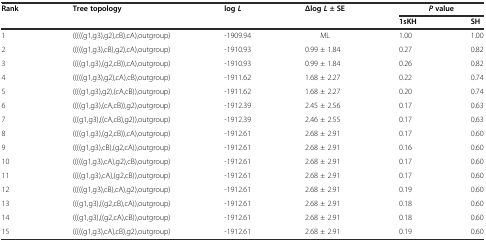
<table><thead><tr><td rowspan="2"><b>Rank</b></td><td rowspan="2"><b>Tree topology</b></td><td rowspan="2"><b>log<i>L</i></b></td><td rowspan="2"><b>Δlog<i>L</i>± SE</b></td><td colspan="2"><b><i>P</i>value</b></td></tr><tr><td><b>1sKH</b></td><td><b>SH</b></td></tr></thead><tbody><tr><td>1</td><td>(((((g1,g3),g2),cB),cA),outgroup)</td><td>-1909.94</td><td>ML</td><td>1.00</td><td>1.00</td></tr><tr><td>2</td><td>(((((g1,g3),cB),g2),cA),outgroup)</td><td>-1910.93</td><td>0.99 ± 1.84</td><td>0.27</td><td>0.82</td></tr><tr><td>3</td><td>((((g1,g3),(g2,cB)),cA),outgroup)</td><td>-1910.93</td><td>0.99 ± 1.84</td><td>0.26</td><td>0.82</td></tr><tr><td>4</td><td>(((((g1,g3),g2),cA),cB),outgroup)</td><td>-1911.62</td><td>1.68 ± 2.27</td><td>0.22</td><td>0.74</td></tr><tr><td>5</td><td>((((g1,g3),g2),(cA,cB)),outgroup)</td><td>-1911.62</td><td>1.68 ± 2.27</td><td>0.20</td><td>0.74</td></tr><tr><td>6</td><td>((((g1,g3),(cA,cB)),g2),outgroup)</td><td>-1912.39</td><td>2.45 ± 2.56</td><td>0.17</td><td>0.63</td></tr><tr><td>7</td><td>(((g1,g3),((cA,cB),g2)),outgroup)</td><td>-1912.39</td><td>2.46 ± 2.55</td><td>0.17</td><td>0.63</td></tr><tr><td>8</td><td>((((g1,g3),(g2,cB)),cA),outgroup)</td><td>-1912.61</td><td>2.68 ± 2.91</td><td>0.17</td><td>0.60</td></tr><tr><td>9</td><td>((((g1,g3),cB),(g2,cA)),outgroup)</td><td>-1912.61</td><td>2.68 ± 2.91</td><td>0.16</td><td>0.60</td></tr><tr><td>10</td><td>(((((g1,g3),cA),g2),cB),outgroup)</td><td>-1912.61</td><td>2.68 ± 2.91</td><td>0.17</td><td>0.60</td></tr><tr><td>11</td><td>((((g1,g3),cA),(g2,cB)),outgroup)</td><td>-1912.61</td><td>2.68 ± 2.91</td><td>0.17</td><td>0.60</td></tr><tr><td>12</td><td>(((((g1,g3),cB),cA),g2),outgroup)</td><td>-1912.61</td><td>2.68 ± 2.91</td><td>0.19</td><td>0.60</td></tr><tr><td>13</td><td>(((g1,g3),((g2,cB),cA)),outgroup)</td><td>-1912.61</td><td>2.68 ± 2.91</td><td>0.18</td><td>0.60</td></tr><tr><td>14</td><td>(((g1,g3),((g2,cA),cB)),outgroup)</td><td>-1912.61</td><td>2.68 ± 2.91</td><td>0.18</td><td>0.60</td></tr><tr><td>15</td><td>(((((g1,g3),cA),cB),g2),outgroup)</td><td>-1912.61</td><td>2.68 ± 2.91</td><td>0.19</td><td>0.60</td></tr></tbody></table>